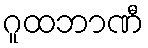
ဂူထဘာဏီ